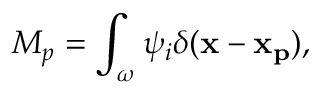
M _ { p } = \int _ { \omega } \psi _ { i } \delta ( \mathbf { x } - \mathbf { x _ { p } } ) ,